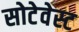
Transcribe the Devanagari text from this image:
सोटेवेस्ट